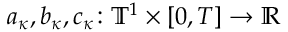
a _ { \kappa } , b _ { \kappa } , c _ { \kappa } \colon \ensuremath { \mathbb { T } } ^ { 1 } \times [ 0 , T ] \to \ensuremath { \mathbb { R } }